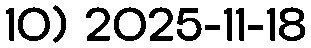
10) 2025-11-18